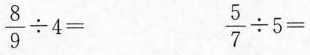
$$\frac { 8 } { 9 } \div 4 =$$ $$\frac { 5 } { 7 } \div 5 =$$